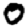
Digit: 0